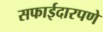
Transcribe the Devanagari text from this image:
सफाईदारपणे